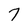
Character: 7